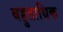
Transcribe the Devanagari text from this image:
बहुताधिक